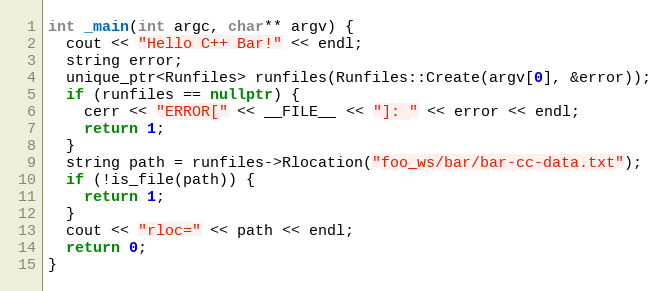
Language: C++
int _main(int argc, char** argv) {
  cout << "Hello C++ Bar!" << endl;
  string error;
  unique_ptr<Runfiles> runfiles(Runfiles::Create(argv[0], &error));
  if (runfiles == nullptr) {
    cerr << "ERROR[" << __FILE__ << "]: " << error << endl;
    return 1;
  }
  string path = runfiles->Rlocation("foo_ws/bar/bar-cc-data.txt");
  if (!is_file(path)) {
    return 1;
  }
  cout << "rloc=" << path << endl;
  return 0;
}